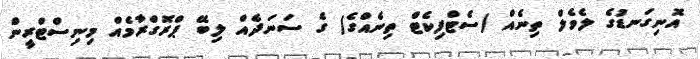
އޮނިގަނޑުގެ ލެވެލް ތިނެއް (ސެޓްފިކެޓް ތިނެއްގެ) ގެ ސަނަދެއް ލިބޭ ޕްރޮގްރާމެއް މިނިސްޓްރީން